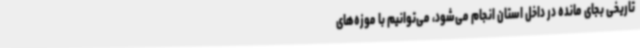
تاریخی بجای مانده در داخل استان انجام می‌شود، می‌توانیم با موزه‌های